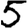
Digit: 5